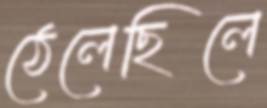
ঠেলেছিলে